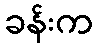
ခန်းက